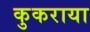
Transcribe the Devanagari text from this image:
कुकराया